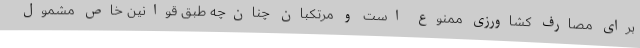
برای مصارف کشاورزی ممنوع است و مرتکبان چنان‌چه طبق قوانین خاص مشمول